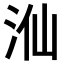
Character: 𣳈